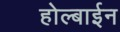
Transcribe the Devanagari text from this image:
होल्बाईन